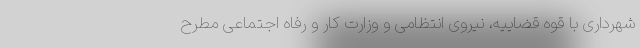
شهرداری با قوه قضاییه، نیروی انتظامی و وزارت کار و رفاه اجتماعی مطرح